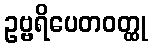
ဥဗ္ဗရိပေတဝတ္ထု